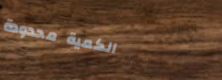
الكمية محدودة